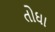
તોઘા